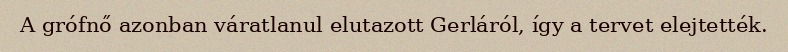
A grófnő azonban váratlanul elutazott Gerláról, így a tervet elejtették.